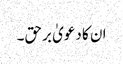
ان کا دعویٰ برحق۔